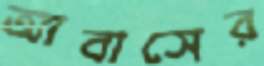
আবাসের